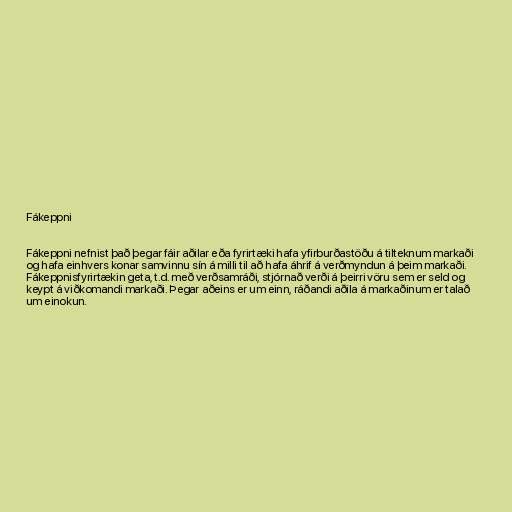
Fákeppni

Fákeppni nefnist það þegar fáir aðilar eða fyrirtæki hafa yfirburðastöðu á tilteknum markaði
og hafa einhvers konar samvinnu sín á milli til að hafa áhrif á verðmyndun á þeim markaði.
Fákeppnisfyrirtækin geta, t.d. með verðsamráði, stjórnað verði á þeirri vöru sem er seld og
keypt á viðkomandi markaði. Þegar aðeins er um einn, ráðandi aðila á markaðinum er talað
um einokun.